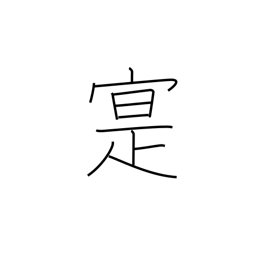
Meaning: real